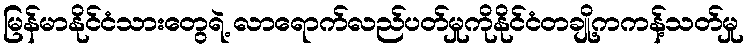
မြန်မာနိုင်ငံသားတွေရဲ့ လာရောက်လည်ပတ်မှုကိုနိုင်ငံတချို့ကကန့်သတ်မှု